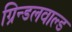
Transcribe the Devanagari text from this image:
ग्रिन्डलवाल्ड